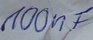
Text: 100nF